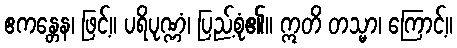
ဧကန္တေန၊ ဖြင့်။ ပရိပုဏ္ဏံ၊ ပြည့်စုံ၏။ ဣတိ တသ္မာ၊ ကြောင့်။